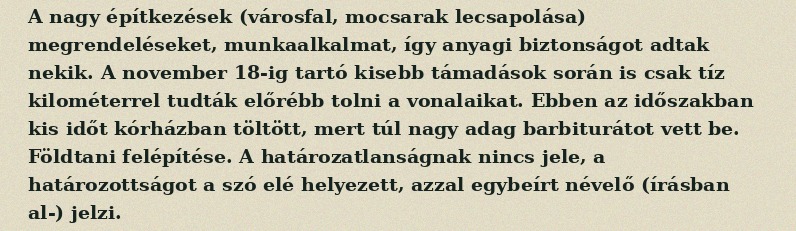
A nagy építkezések (városfal, mocsarak lecsapolása) megrendeléseket, munkaalkalmat, így anyagi biztonságot adtak nekik. A november 18-ig tartó kisebb támadások során is csak tíz kilométerrel tudták előrébb tolni a vonalaikat. Ebben az időszakban kis időt kórházban töltött, mert túl nagy adag barbiturátot vett be. Földtani felépítése. A határozatlanságnak nincs jele, a határozottságot a szó elé helyezett, azzal egybeírt névelő (írásban al-) jelzi.